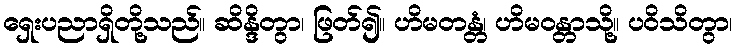
ရှေးပညာရှိတို့သည်။ ဆိန္ဒိတွာ၊ ဖြတ်၍။ ဟိမတန္တံ၊ ဟိမဝန္တာသို့။ ပဝိသိတွာ၊